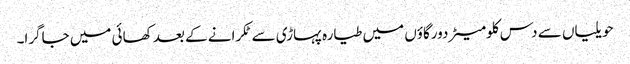
حویلیاں سے دس کلومیٹردورگاؤں میں طیارہ پہاڑی سے ٹکرانے کے بعد کھائی میں جاگرا۔